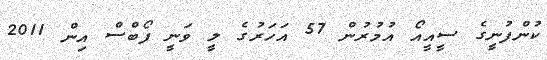
ކުންފުނީގެ ސީއީއޯ އުމުރުން 57 އަހަރުގެ ލީ ވަނީ ފޯބްސް އިން 2011